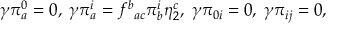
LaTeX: \gamma \pi _ { a } ^ { 0 } = 0 , \; \gamma \pi _ { a } ^ { i } = f _ { \; \; a c } ^ { b } \pi _ { b } ^ { i } \eta _ { 2 } ^ { c } , \; \gamma \pi _ { 0 i } = 0 , \; \gamma \pi _ { i j } = 0 ,